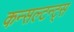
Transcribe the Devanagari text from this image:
कन्सल्टन्ट्स